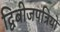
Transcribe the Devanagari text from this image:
द्विबीजपत्रियों